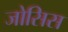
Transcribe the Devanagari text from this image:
जोसिस